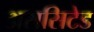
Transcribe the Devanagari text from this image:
अससिटेड